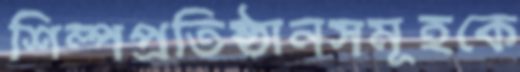
শিল্পপ্রতিষ্ঠানসমূহকে